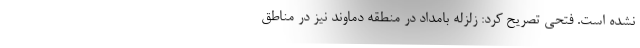
نشده است. فتحی تصریح کرد: زلزله بامداد در منطقه دماوند نیز در مناطق